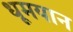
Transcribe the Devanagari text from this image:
धूमयान